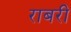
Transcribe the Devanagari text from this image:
राबरी